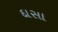
દાસા